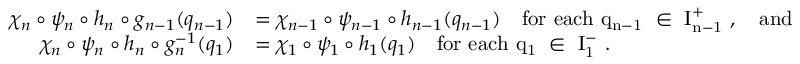
\begin{array} { r l } { \chi _ { n } \circ \psi _ { n } \circ h _ { n } \circ g _ { n - 1 } ( q _ { n - 1 } ) } & { = \chi _ { n - 1 } \circ \psi _ { n - 1 } \circ h _ { n - 1 } ( q _ { n - 1 } ) \quad \mathrm { f o r ~ e a c h ~ q _ { n - 1 } ~ \in ~ I _ { n - 1 } ^ + ~ } , \quad \mathrm { a n d } } \\ { \chi _ { n } \circ \psi _ { n } \circ h _ { n } \circ g _ { n } ^ { - 1 } ( q _ { 1 } ) } & { = \chi _ { 1 } \circ \psi _ { 1 } \circ h _ { 1 } ( q _ { 1 } ) \quad \mathrm { f o r ~ e a c h ~ q _ { 1 } ~ \in ~ I _ { 1 } ^ - ~ } . } \end{array}